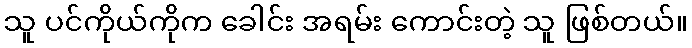
သူ ပင်ကိုယ်ကိုက ခေါင်း အရမ်း ကောင်းတဲ့ သူ ဖြစ်တယ်။